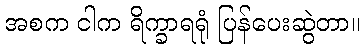
အစက ငါက ရိက္ခာရရုံ ပြန်ပေးဆွဲတာ။